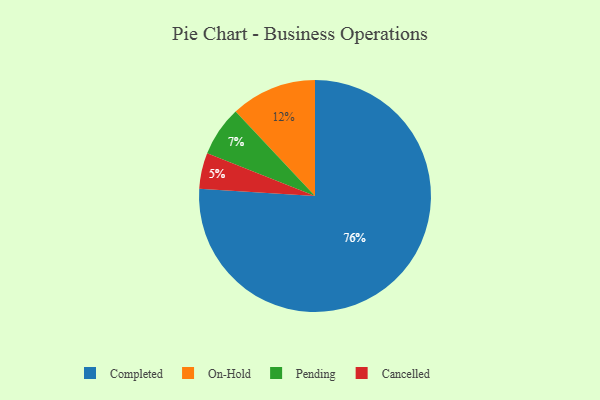
{"axis": {"x": "Category", "y": "Percentage"}, "legend": ["Cancelled", "Completed", "On-Hold", "Pending"], "data": [{"x": "Pending", "y": 7, "type": "Pending"}, {"x": "Completed", "y": 76, "type": "Completed"}, {"x": "On-Hold", "y": 12, "type": "On-Hold"}, {"x": "Cancelled", "y": 5, "type": "Cancelled"}]}